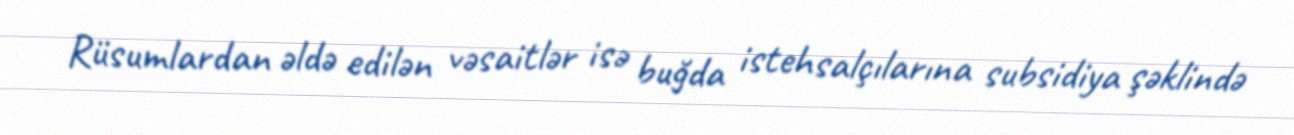
Rüsumlardan əldə edilən vəsaitlər isə buğda istehsalçılarına subsidiya şəklində